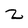
Character: z